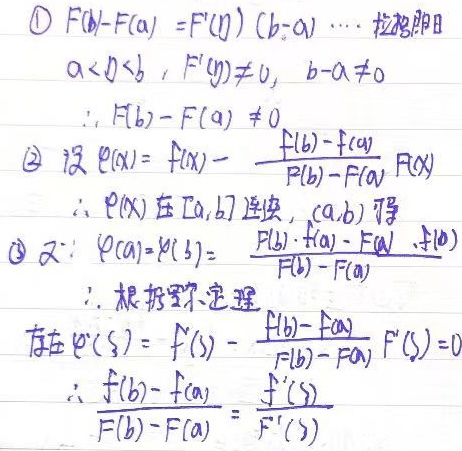

**1.** $F(b) - F(a) = F'(\eta) (b - a)  \qquad \text{拉格朗日}$

$a < \eta < b, \quad F'(\eta) \neq 0, \quad b - a \neq 0$

$\therefore F(b) - F(a) \neq 0$

**2.**  $\text{设 } \varphi(x) = f(x) - \frac{f(b) - f(a)}{F(b) - F(a)} F(x)$

$\therefore \varphi(x) \text{ 在 } [a, b] \text{ 连续}, (a, b) \text{ 可导}$

**3.** $又:  \varphi(a) = \varphi(b) = \frac{F(b)f(a) - F(a)f(b)}{F(b) - F(a)}$

$\therefore \text{根据罗尔定理}$

$\text{存在 } \xi, \quad \varphi'(\xi) = f'(\xi) - \frac{f(b) - f(a)}{F(b) - F(a)} F'(\xi) = 0$

$\therefore \frac{f(b) - f(a)}{F(b) - F(a)} = \frac{f'(\xi)}{F'(\xi)}$